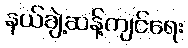
နယ်ချဲ့ဆန့်ကျင်ရေး